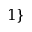
1 \}